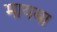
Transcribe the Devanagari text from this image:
मायबा